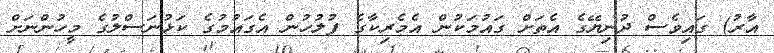
އާރު) ގައިވެސް ދުނިޔޭގެ އެތަށް ގައުމަކުން އެމެރިކާގެ ފުލުހުން އެގައުމުގެ ކަޅުނަސްލުގެ މީހުންނަށް